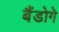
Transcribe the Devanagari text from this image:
बैंडोगे